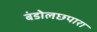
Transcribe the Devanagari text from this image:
बंडोलछपारा